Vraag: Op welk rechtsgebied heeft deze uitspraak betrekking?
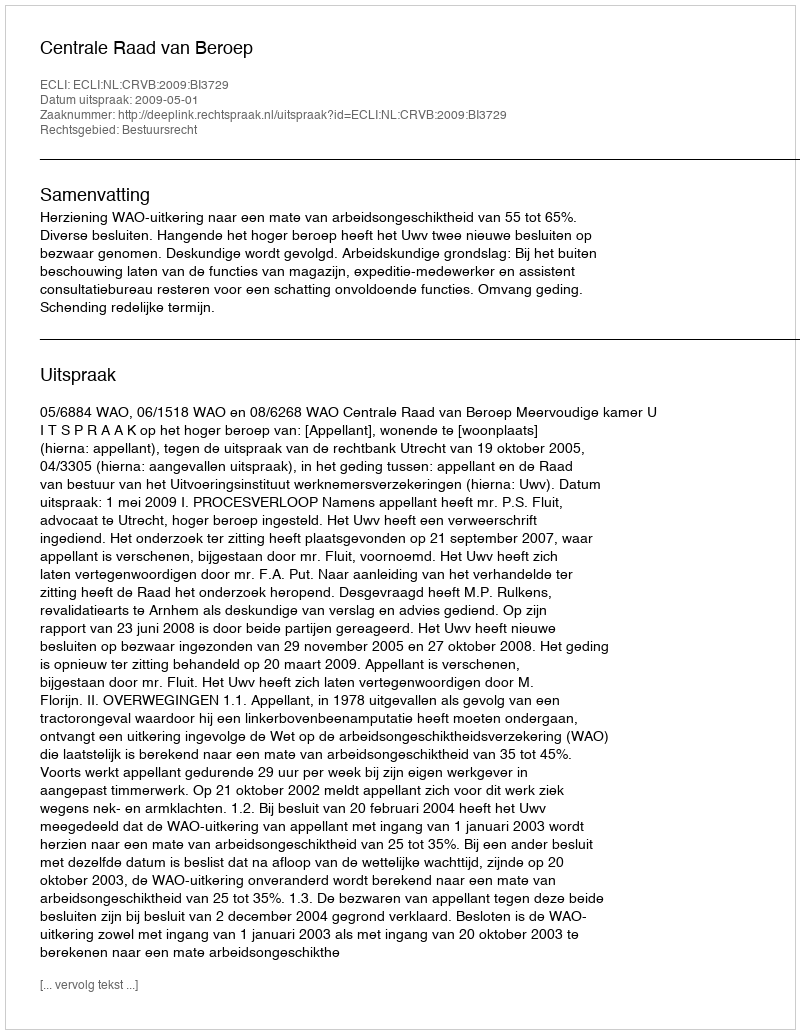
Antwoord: Bestuursrecht